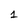
Character: 1